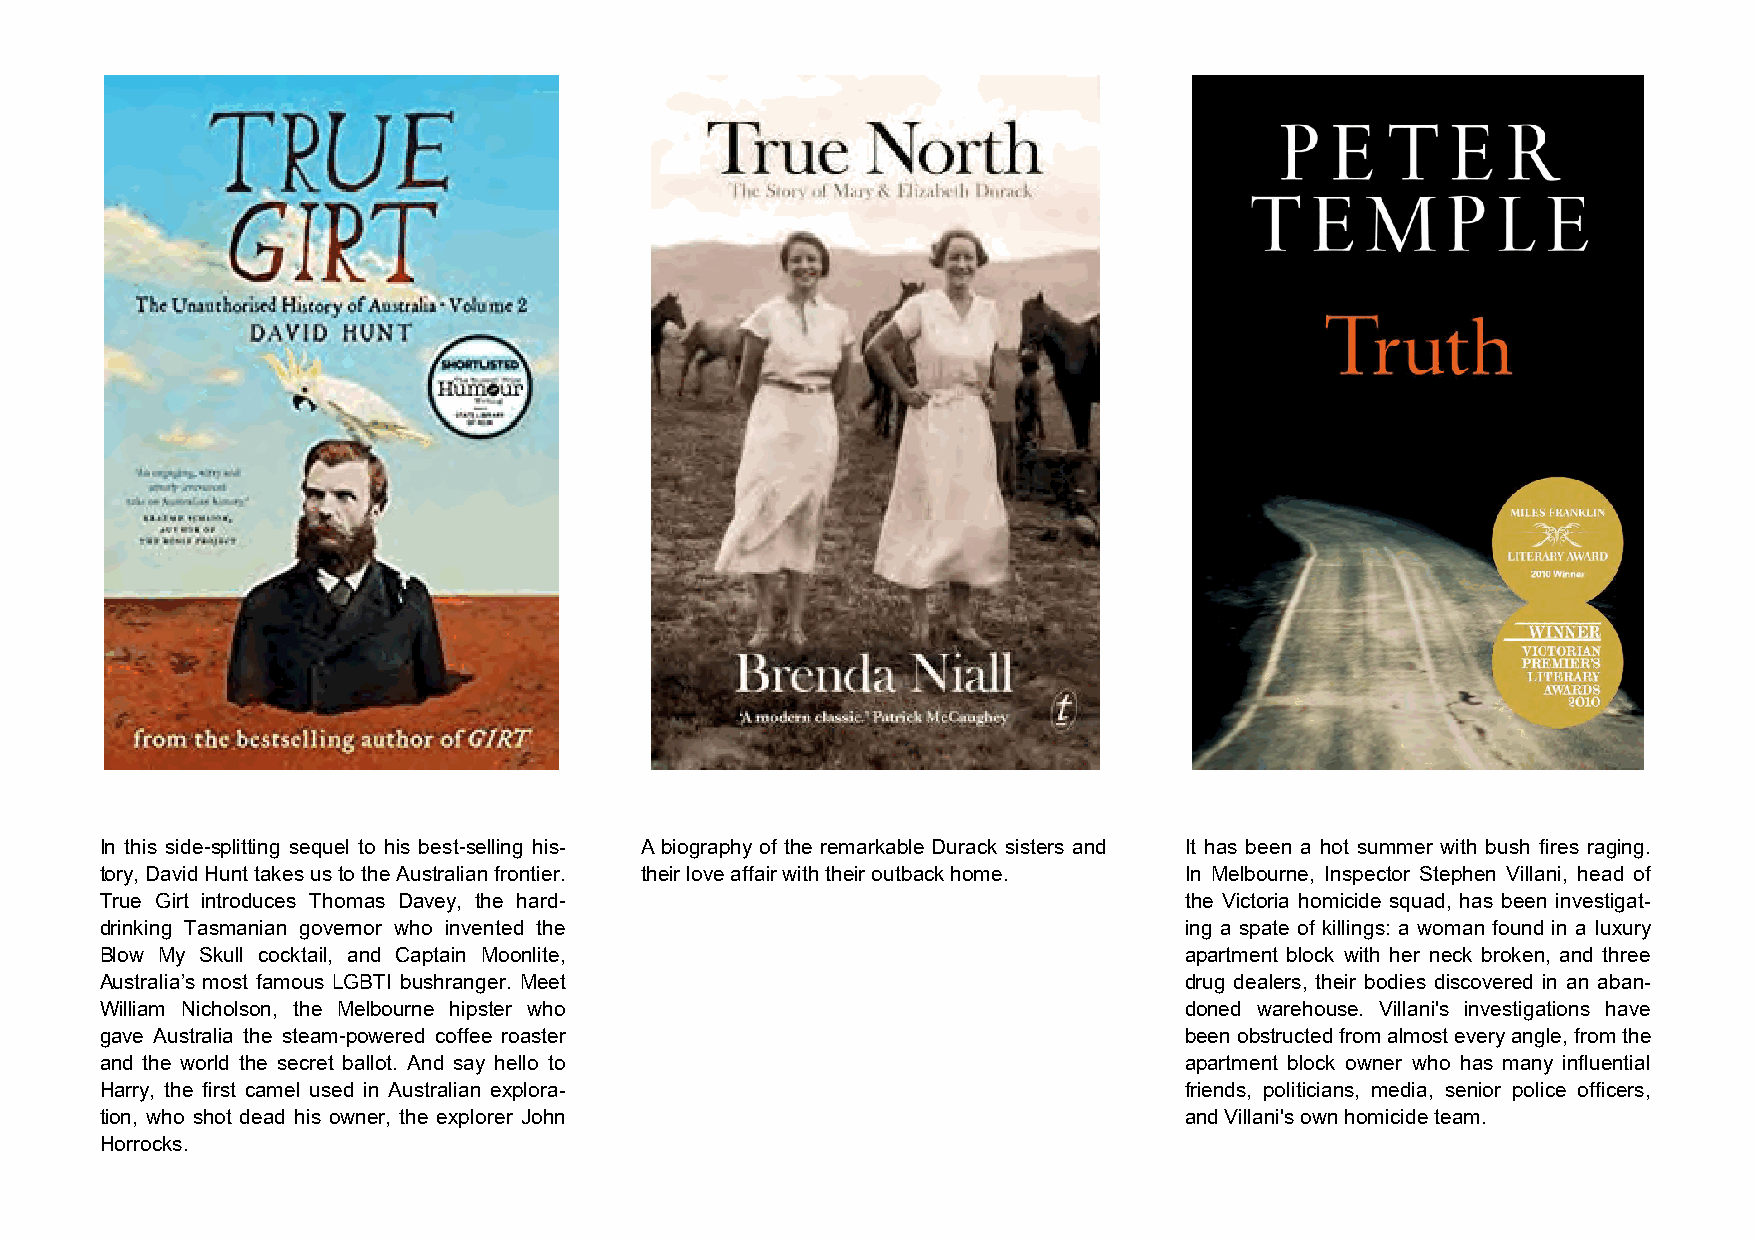
In this side-splitting sequel to his best-selling his- A biography of the remarkable Durack sisters and It has been a hot summer with bush fires raging.
 tory, David Hunt takes us to the Australian frontier. their love affair with their outback home. In Melbourne, Inspector Stephen Villani, head of
 True Girt introduces Thomas Davey, the hard-                           the Victoria homicide squad, has been investigat-
 drinking Tasmanian governor who invented the                           ing a spate of killings: a woman found in a luxury
 Blow My Skull cocktail, and Captain Moonlite,                          apartment block with her neck broken, and three
 Australia’s most famous LGBTI bushranger. Meet                         drug dealers, their bodies discovered in an aban-
 William Nicholson, the Melbourne hipster who                           doned warehouse. Villani's investigations have
 gave Australia the steam-powered coffee roaster                        been obstructed from almost every angle, from the
 and the world the secret ballot. And say hello to                      apartment block owner who has many influential
 Harry, the first camel used in Australian explora-                     friends, politicians, media, senior police officers,
 tion, who shot dead his owner, the explorer John                       and Villani's own homicide team.
 Horrocks.